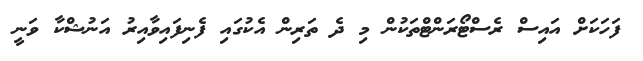
ފަހަކަށް އައިސް ރެސްޓޯރަންޓްތަކުން މި ދެ ތަރިން އެކުގައި ފެނިފައިވާއިރު އަނުޝްކާ ވަނީ